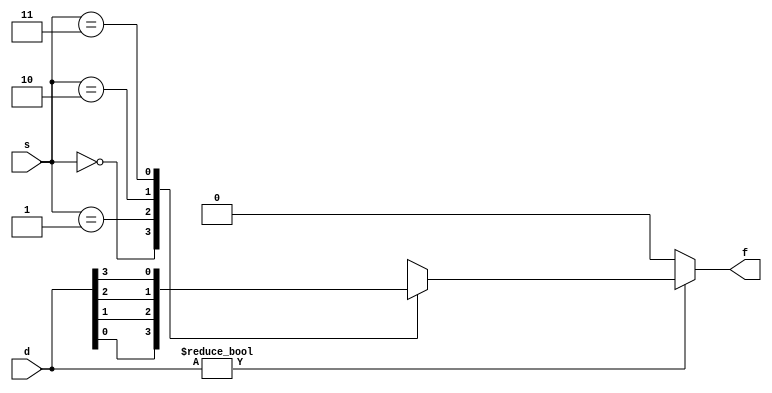
/*
module mux(d, s, f);

input [1:0] d;
input s; // select

output reg f;

always @(*) begin
    if(d) begin
        case(s)
            1'b0 : f = d[0];
            1'b1 : f = d[1];

            default : 
                f = 1'b0;
        
        endcase
    end

    else begin
        f = 1'b0;
    end
end


endmodule
*/

module mux(d, s, f);

input [3:0] d;
input [1:0] s;

output reg f;  // 4bit  1bit 

always @(*) begin
    if(d) begin
        case(s)
            2'b00 : f = d[0];
            2'b01 : f = d[1];
            2'b10 : f = d[2];
            2'b11 : f = d[3];

            default : 
                f = 1'b0;
        
        endcase
    end

    else begin
        f = 1'b0;
    end
end


endmodule